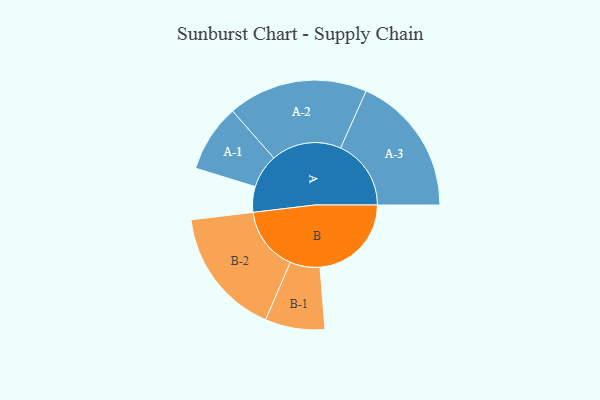
{"axis": {"x": "Segment", "y": "Value"}, "legend": ["", "A", "B"], "data": [{"x": "A", "y": 109, "type": ""}, {"x": "B", "y": 389, "type": ""}, {"x": "A-1", "y": 144, "type": "A"}, {"x": "A-2", "y": 298, "type": "A"}, {"x": "A-3", "y": 300, "type": "A"}, {"x": "B-1", "y": 127, "type": "B"}, {"x": "B-2", "y": 273, "type": "B"}]}